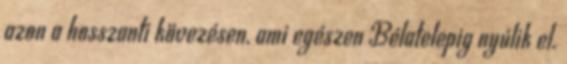
azon a hosszanti kövezésen, ami egészen Bélatelepig nyúlik el.